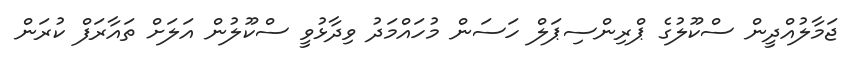
ޖަމާލުއްދީން ސްކޫލުގެ ޕްރިންސިޕަލް ހަސަން މުހައްމަދު ވިދާޅުވީ ސްކޫލުން އަލަށް ތައާރަފް ކުރަން